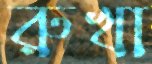
রুখা